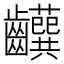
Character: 𬹹